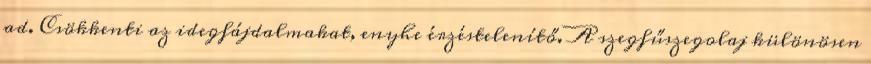
ad. Csökkenti az idegfájdalmakat, enyhe érzéstelenítő. A szegfűszegolaj különösen